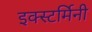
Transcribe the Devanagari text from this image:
इक्स्टर्मिनी